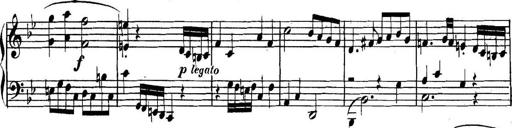
Title: Collected Piano Sonatas
Composer: Muzio Clementi